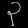
Digit: ၃